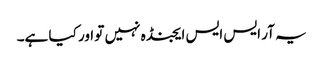
یہ آر ایس ایس ایجنڈہ نہیں تو اور کیا ہے۔